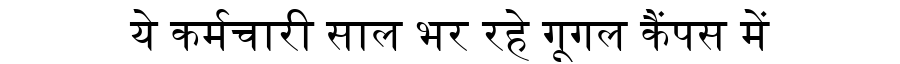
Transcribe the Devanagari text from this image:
ये कर्मचारी साल भर रहे गूगल कैंपस में